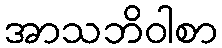
အာသဘိဝါစာ